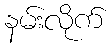
နမ်းလိုက်